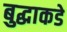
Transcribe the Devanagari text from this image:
बुद्धाकडे